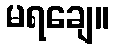
မရချေ။